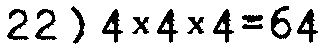
22) 4×4×4=64